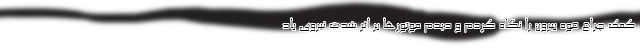
کمک چراغ قوه بیرون را نگاه کردم و دیدم موتورها بر اثر شدت نیروی باد